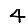
Digit: 4